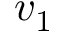
v _ { 1 }